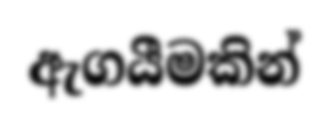
ඇගයීමකින්